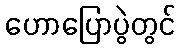
ဟောပြောပွဲတွင်